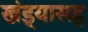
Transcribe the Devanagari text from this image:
खंड्यासह